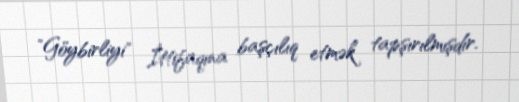
"Göybirliyi" İttifaqına başçılıq etmək tapşırılmışdır.